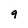
Character: 9